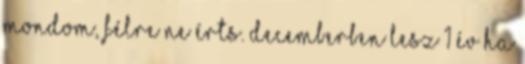
mondom, félre ne érts. Decemberben lesz 1 év ha